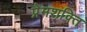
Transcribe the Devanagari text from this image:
प्रेमशक्ति